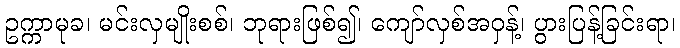
ဥက္ကာမုခ၊ မင်းလှမျိုးစစ်၊ ဘုရားဖြစ်၍၊ ကျော်လှစ်အဝှန့်၊ ပွားပြန့်ခြင်းရာ၊